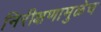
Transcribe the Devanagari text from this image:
निरीक्षणामुळेच